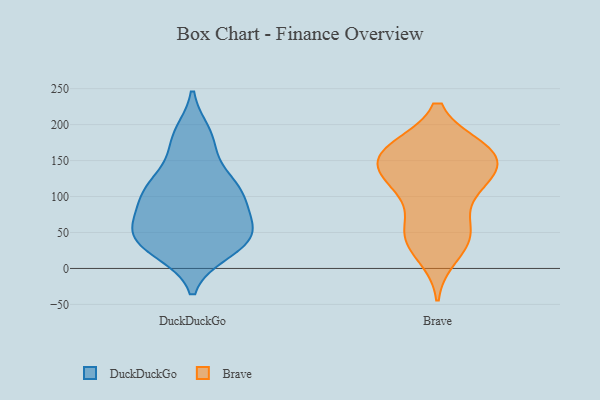
{"axis": {"x": "Net Income (USD K)", "y": "Value"}, "legend": ["Brave", "DuckDuckGo"], "data": [{"x": "", "y": 35, "type": "DuckDuckGo"}, {"x": "", "y": 91, "type": "DuckDuckGo"}, {"x": "", "y": 52, "type": "DuckDuckGo"}, {"x": "", "y": 56, "type": "DuckDuckGo"}, {"x": "", "y": 104, "type": "DuckDuckGo"}, {"x": "", "y": 32, "type": "DuckDuckGo"}, {"x": "", "y": 73, "type": "DuckDuckGo"}, {"x": "", "y": 127, "type": "DuckDuckGo"}, {"x": "", "y": 186, "type": "DuckDuckGo"}, {"x": "", "y": 101, "type": "DuckDuckGo"}, {"x": "", "y": 27, "type": "DuckDuckGo"}, {"x": "", "y": 116, "type": "DuckDuckGo"}, {"x": "", "y": 47, "type": "DuckDuckGo"}, {"x": "", "y": 175, "type": "DuckDuckGo"}, {"x": "", "y": 45, "type": "DuckDuckGo"}, {"x": "", "y": 180, "type": "DuckDuckGo"}, {"x": "", "y": 57, "type": "DuckDuckGo"}, {"x": "", "y": 24, "type": "DuckDuckGo"}, {"x": "", "y": 118, "type": "DuckDuckGo"}, {"x": "", "y": 104, "type": "DuckDuckGo"}, {"x": "", "y": 162, "type": "Brave"}, {"x": "", "y": 117, "type": "Brave"}, {"x": "", "y": 150, "type": "Brave"}, {"x": "", "y": 119, "type": "Brave"}, {"x": "", "y": 112, "type": "Brave"}, {"x": "", "y": 39, "type": "Brave"}, {"x": "", "y": 164, "type": "Brave"}, {"x": "", "y": 52, "type": "Brave"}, {"x": "", "y": 166, "type": "Brave"}, {"x": "", "y": 145, "type": "Brave"}, {"x": "", "y": 123, "type": "Brave"}, {"x": "", "y": 19, "type": "Brave"}, {"x": "", "y": 163, "type": "Brave"}, {"x": "", "y": 48, "type": "Brave"}, {"x": "", "y": 55, "type": "Brave"}, {"x": "", "y": 161, "type": "Brave"}]}